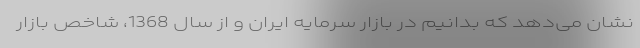
نشان می‌دهد که بدانیم در بازار سرمایه ایران و از سال 1368، شاخص بازار